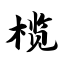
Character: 榄